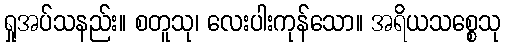
ရှုအပ်သနည်း။ စတူသု၊ လေးပါးကုန်သော။ အရိယသစ္စေသု